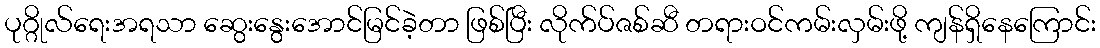
ပုဂ္ဂိုလ်ရေးအရသာ ဆွေးနွေးအောင်မြင်ခဲ့တာ ဖြစ်ပြီး လိုက်ပ်ဇစ်ဆီ တရားဝင်ကမ်းလှမ်းဖို့ ကျန်ရှိနေကြောင်း